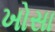
ખોસા